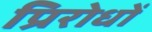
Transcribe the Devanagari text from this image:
प्रिरोधों